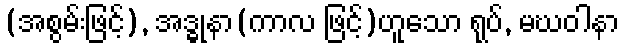
(အစွမ်းဖြင့်), အဒ္ဓုနာ(ကာလ ဖြင့်)ဟူသော ရုပ်, မဃဝါနာ